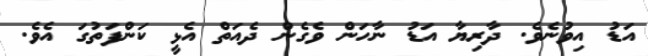
އަޑު އިވުނެވެ. ދާރިޔާ އަޑު ނާހަން ވެގެން ދެއަތް އެޅީ ކަންފަތުގަ އެވެ.